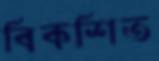
বিকশিত